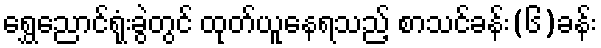
ရွှေညောင်ရုံးခွဲတွင် ထုတ်ယူနေရသည့် စာသင်ခန်း(၆)ခန်း